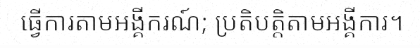
ធ្វើការតាមអង្គីករណ៍; ប្រតិបត្តិតាមអង្គីការ។